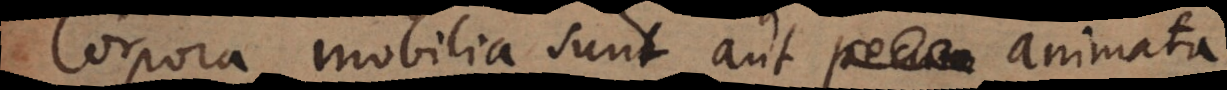
Corpora mobilia sunt aut pecuni animata